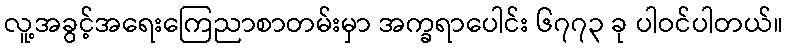
လူ့အခွင့်အရေးကြေညာစာတမ်းမှာ အက္ခရာပေါင်း ၆၇၇၃ ခု ပါဝင်ပါတယ်။